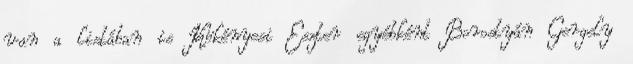
van a listában is Kökényesi Eszter egyébként Borostyán Gergely